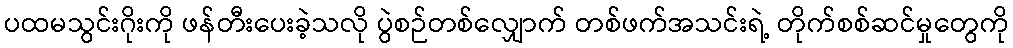
ပထမသွင်းဂိုးကို ဖန်တီးပေးခဲ့သလို ပွဲစဉ်တစ်လျှောက် တစ်ဖက်အသင်းရဲ့ တိုက်စစ်ဆင်မှုတွေကို